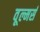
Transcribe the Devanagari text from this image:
वूल्मर्स